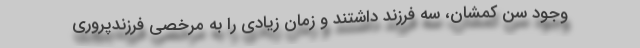
وجود سن کمشان، سه فرزند داشتند و زمان زیادی را به مرخصی فرزندپروری